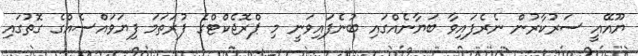
ޔޫއޭއީ ސަރުކާރުން ނެރެފައިވާ ބަޔާނެއްގައި ބުނެފައިވަނީ މި ޕްރޮޖެކްޓްގެ ފުރަތަމަ ފިޔަވައްސެއްގެ ގޮތުގައި